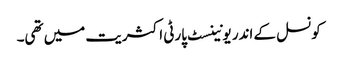
کونسل کے اندر یونینسٹ پارٹی اکثریت میں تھی۔